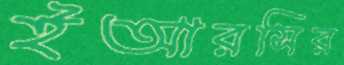
ইআরসির